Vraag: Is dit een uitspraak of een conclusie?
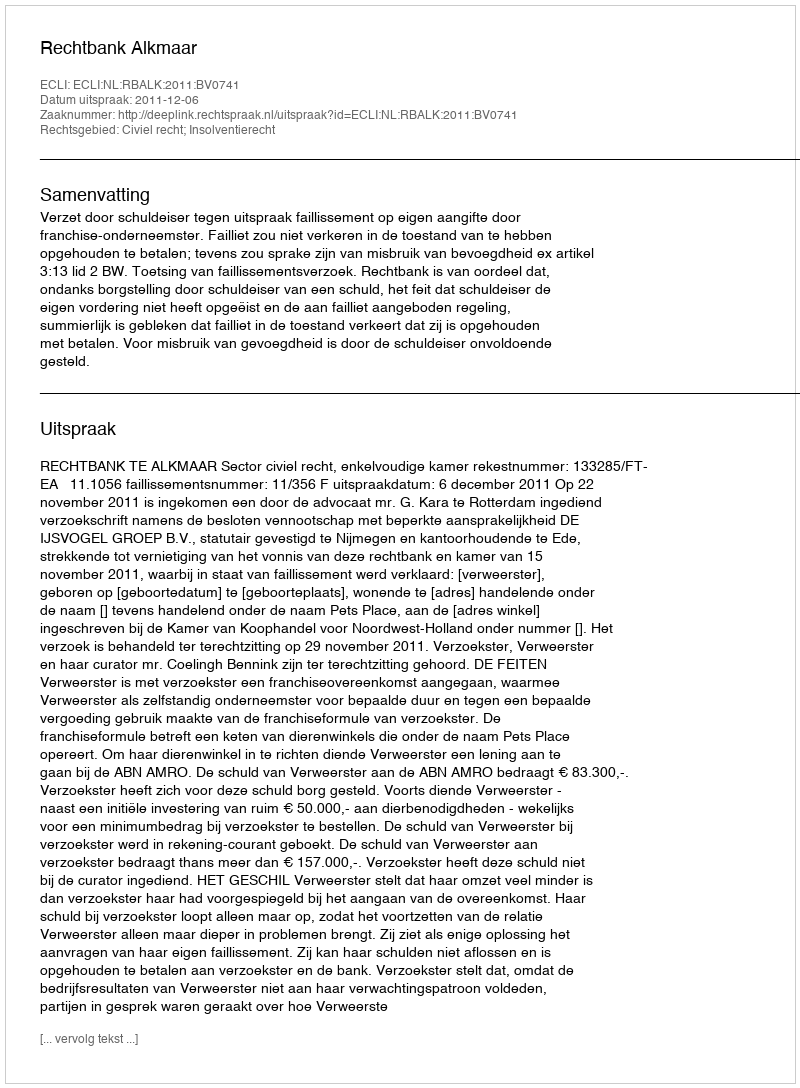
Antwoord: Uitspraak